Vaccination in Burma 1920-1933 - 1920-1933
Year: 1920
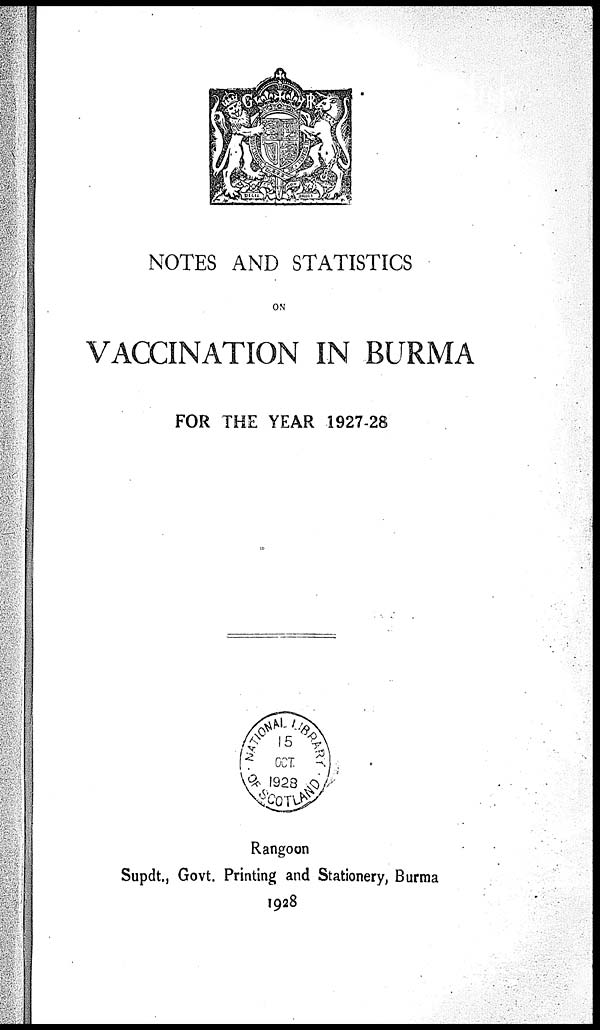
NOTES AND STATISTICS
ON
VACCINATION IN BURMA
FOR THE YEAR 1927-28
Rangoon
Supdt., Govt. Printing and Stationery, Burma
1928